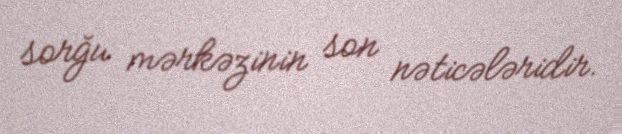
sorğu mərkəzinin son nəticələridir.